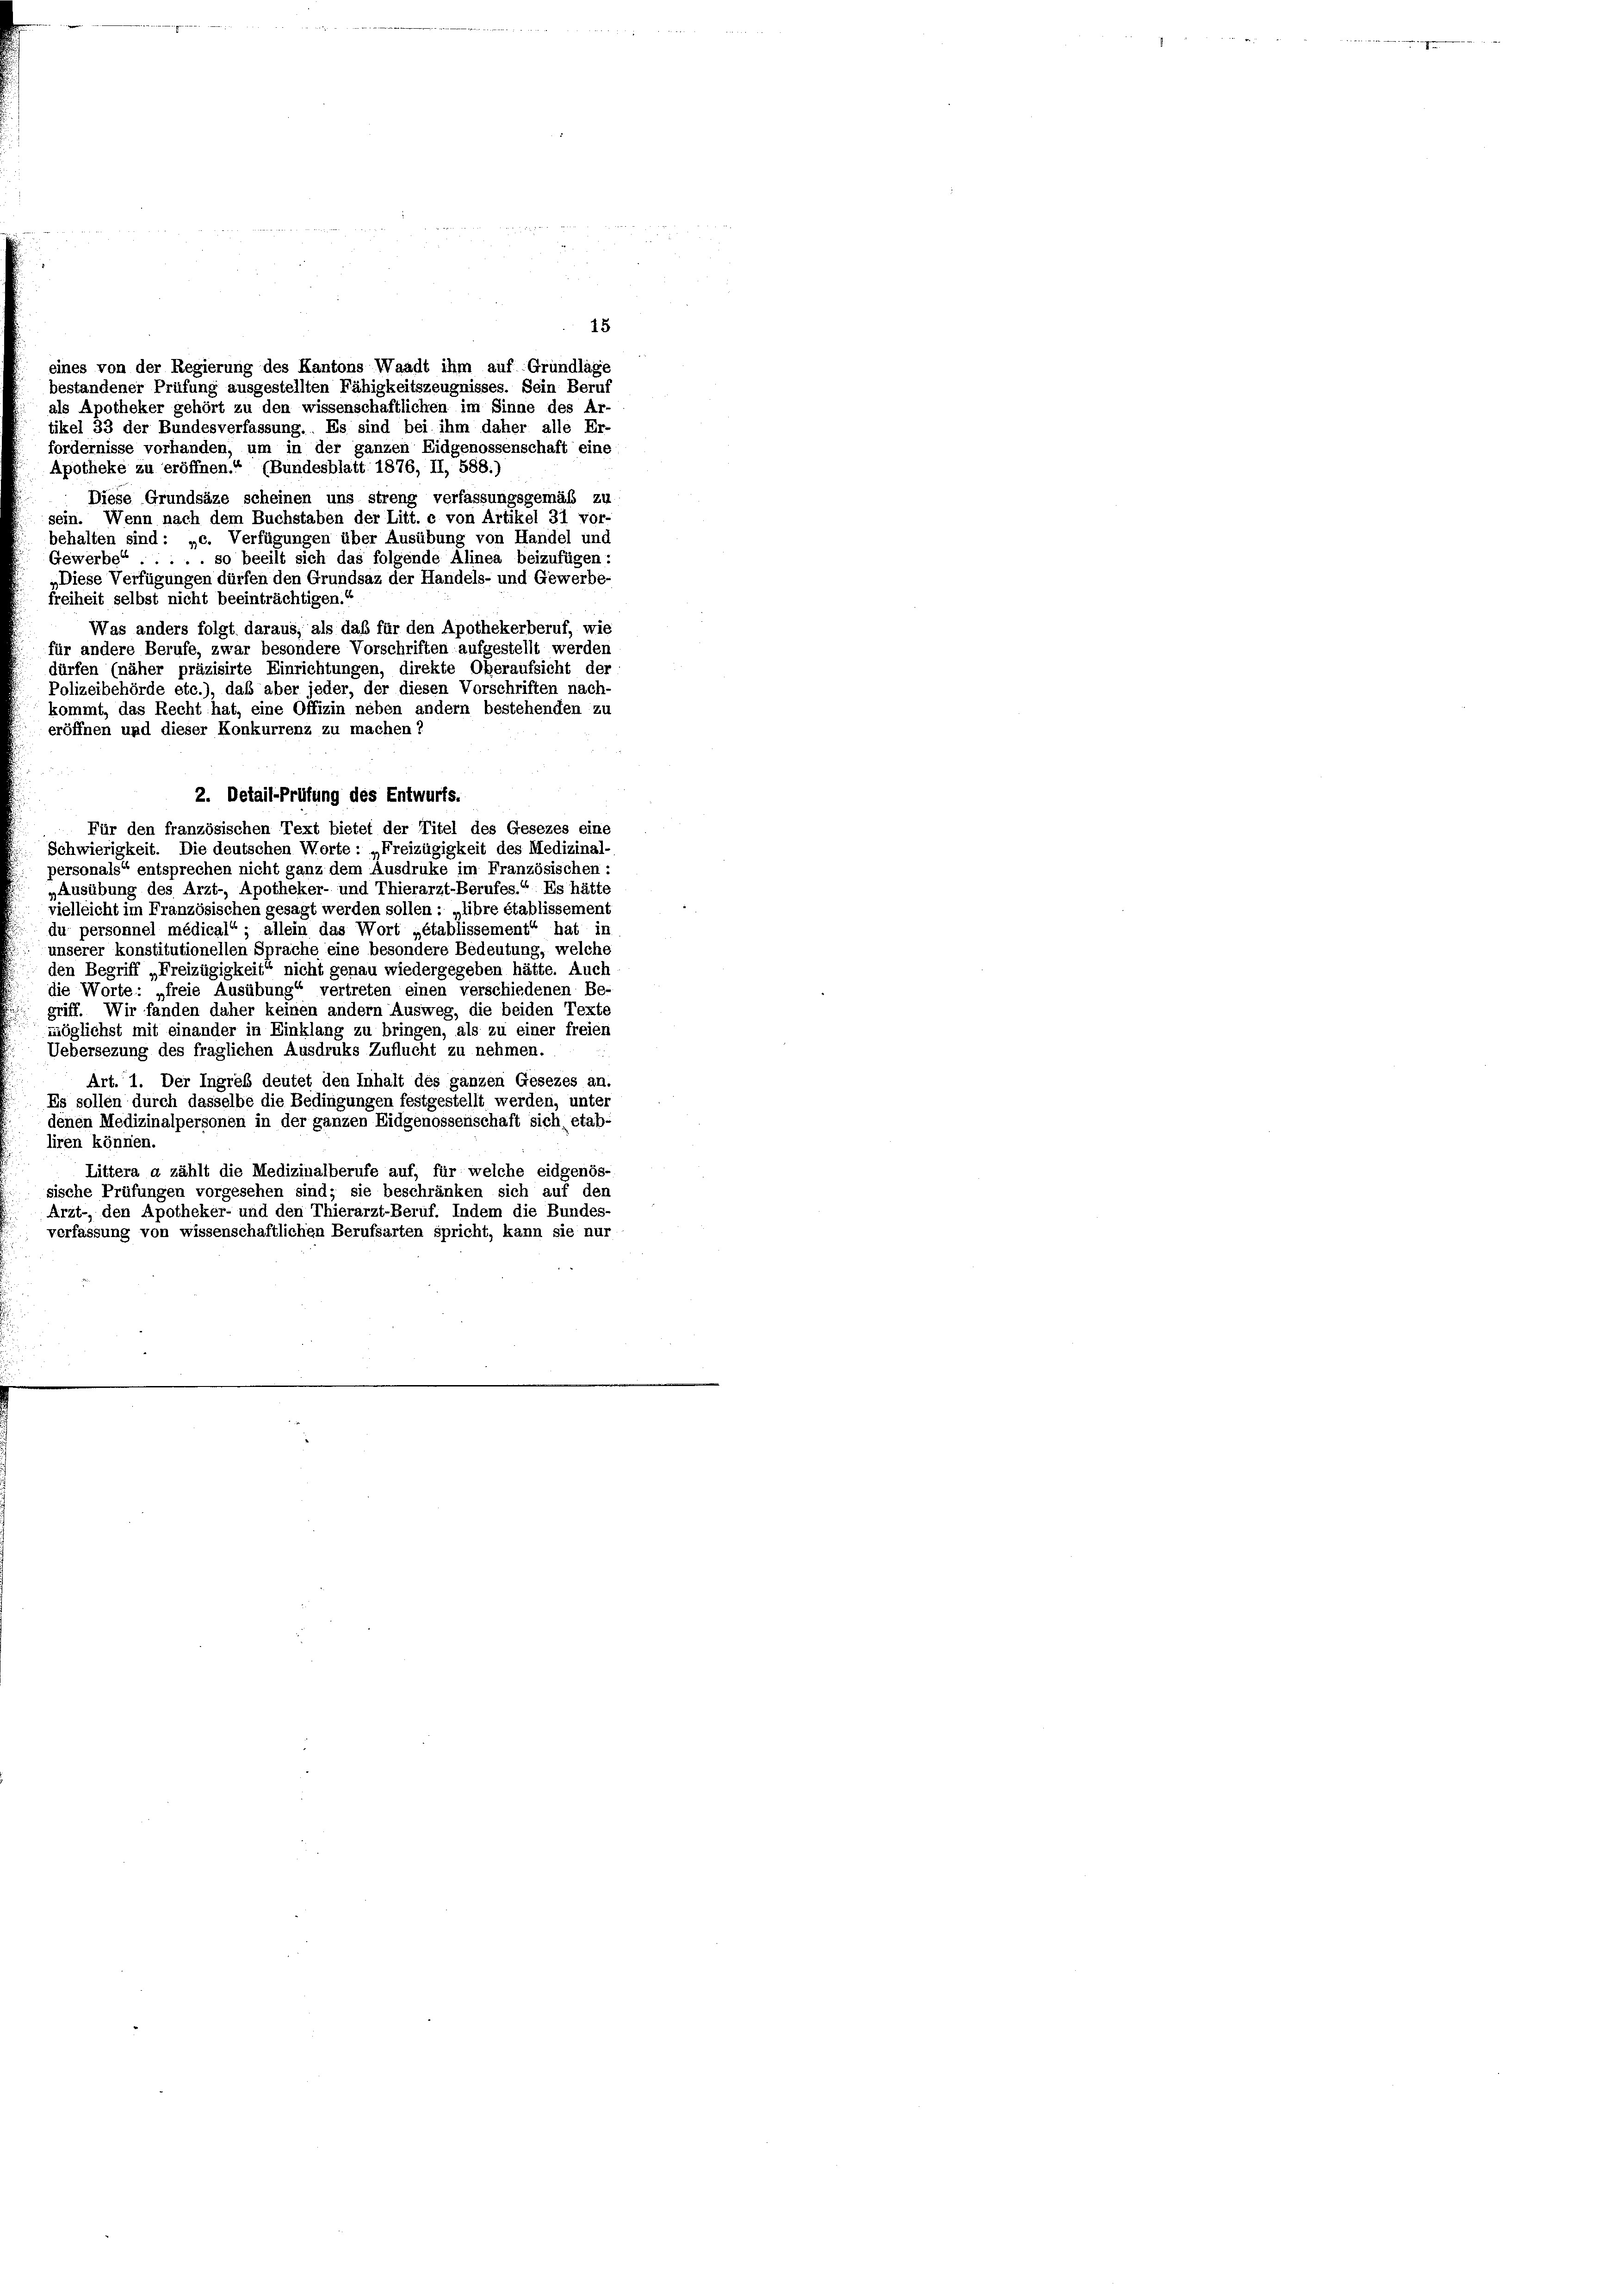
eines von der Regierung des Kantons Waadt ihm auf Grundlage
bestandener Prüfung ausgestellten Fähigkeitszeugnisses. Sein Beruf
als Apotheker gehört zu den wissenschaftlichen im Sinne des Ar-
tikel 33 der Bundesverfassung. Es sind bei ihm daher alle Er-
fordernisse vorhanden, um in der ganzen Eidgenossenschaft eine
Apotheke zu eröffnen.“ (Bundesblatt 1876, II, 588.)
Diese Grundsäze scheinen uns streng verfassungsgemäß zu
sein. Wenn nach dem Buchstaben der Litt. c von Artikel 31 vor-
behalten sind: „c. Verfügungen über Ausübung von Handel und
Gewerbe . . . . so beeilt sich das folgende Alinea beizufügen:
„Diese Verfügungen dürfen den Grundsaz der Handels- und Gewerbe-
freiheit selbst nicht beeinträchtigen.“
Was anders folgt daraus, als daß für den Apothekerberuf, wie
für andere Berufe, zwar besondere Vorschriften aufgestellt werden
dürfen (näher präzisirte Einrichtungen, direkte Oberaufsicht der
Polizeibehörde etc.), daß aber jeder, der diesen Vorschriften nach
kommt, das Recht hat, eine Offizin neben andern bestehenden zu
eröffnen und dieser Konkurrenz zu machen?
2. Detail-Prüfung des Entwurfs.
Für den französischen Text bietet der Titel des Gesezes eine
Schwierigkeit. Die deutschen Worte: „Freizügigkeit des Medizinal-
personals“ entsprechen nicht ganz dem Ausdruke im Französischen:
Ausübung des Arzt- Apotheker- und Thierarzt-Berufes.“ Es hätte
vielleicht im Französischen gesagt werden sollen: „libre établissement
du personnel médical“ ; allein das Wort „établissement“ hat in
unserer konstitutionellen Sprache eine besondere Bedeutung, welche
den Begriff „Freizügigkeit“ nicht genau wiedergegeben hätte. Auch
die Worte: „freie Ausübung“ vertreten einen verschiedenen Be-
griff. Wir fanden daher keinen andern Ausweg, die beiden Texte
möglichst mit einander in Einklang zu bringen, als zu einer freien
Uebersezung des fraglichen Ausdruks Zuflucht zu nehmen.
Art. 1. Der Ingreb deutet den Inhalt des ganzen Gesezes an
Es sollen durch dasselbe die Bedingungen festgestellt werden, unter
denen Medizinalpersonen in der ganzen Eidgenossenschaft sich, etab-
liren können.
Littera a zählt die Medizinalberufe auf, für welche eidgenös-
sische Prüfungen vorgesehen sind; sie beschränken sich auf den
Arzt- den Apotheker- und den Thierarzt-Beruf. Indem die Bundes-
verfassung von wissenschaftlichen Berufsarten spricht, kann sie nur

15